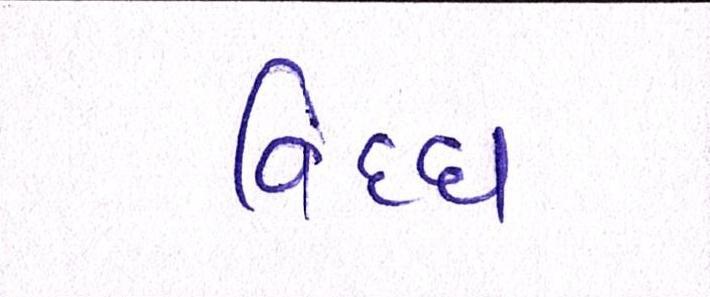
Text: વિધ્ધ